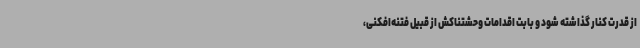
از قدرت کنار گذاشته شود و بابت اقدامات وحشتناکش از قبیل فتنه‌افکنی،